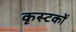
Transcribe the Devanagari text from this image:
कृस्टकों